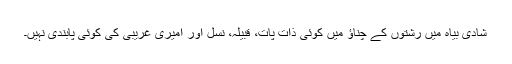
شادی بیاہ میں رشتوں کے چناؤ میں کوئی ذات پات، قبیلہ، نسل اور امیری غریبی کی کوئی پابندی نہیں۔